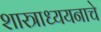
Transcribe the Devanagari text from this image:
शास्त्राध्ययनाचे